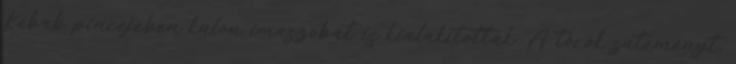
Kebab pincéjében külön imaszobát is kialakítottak. A török süteményt,